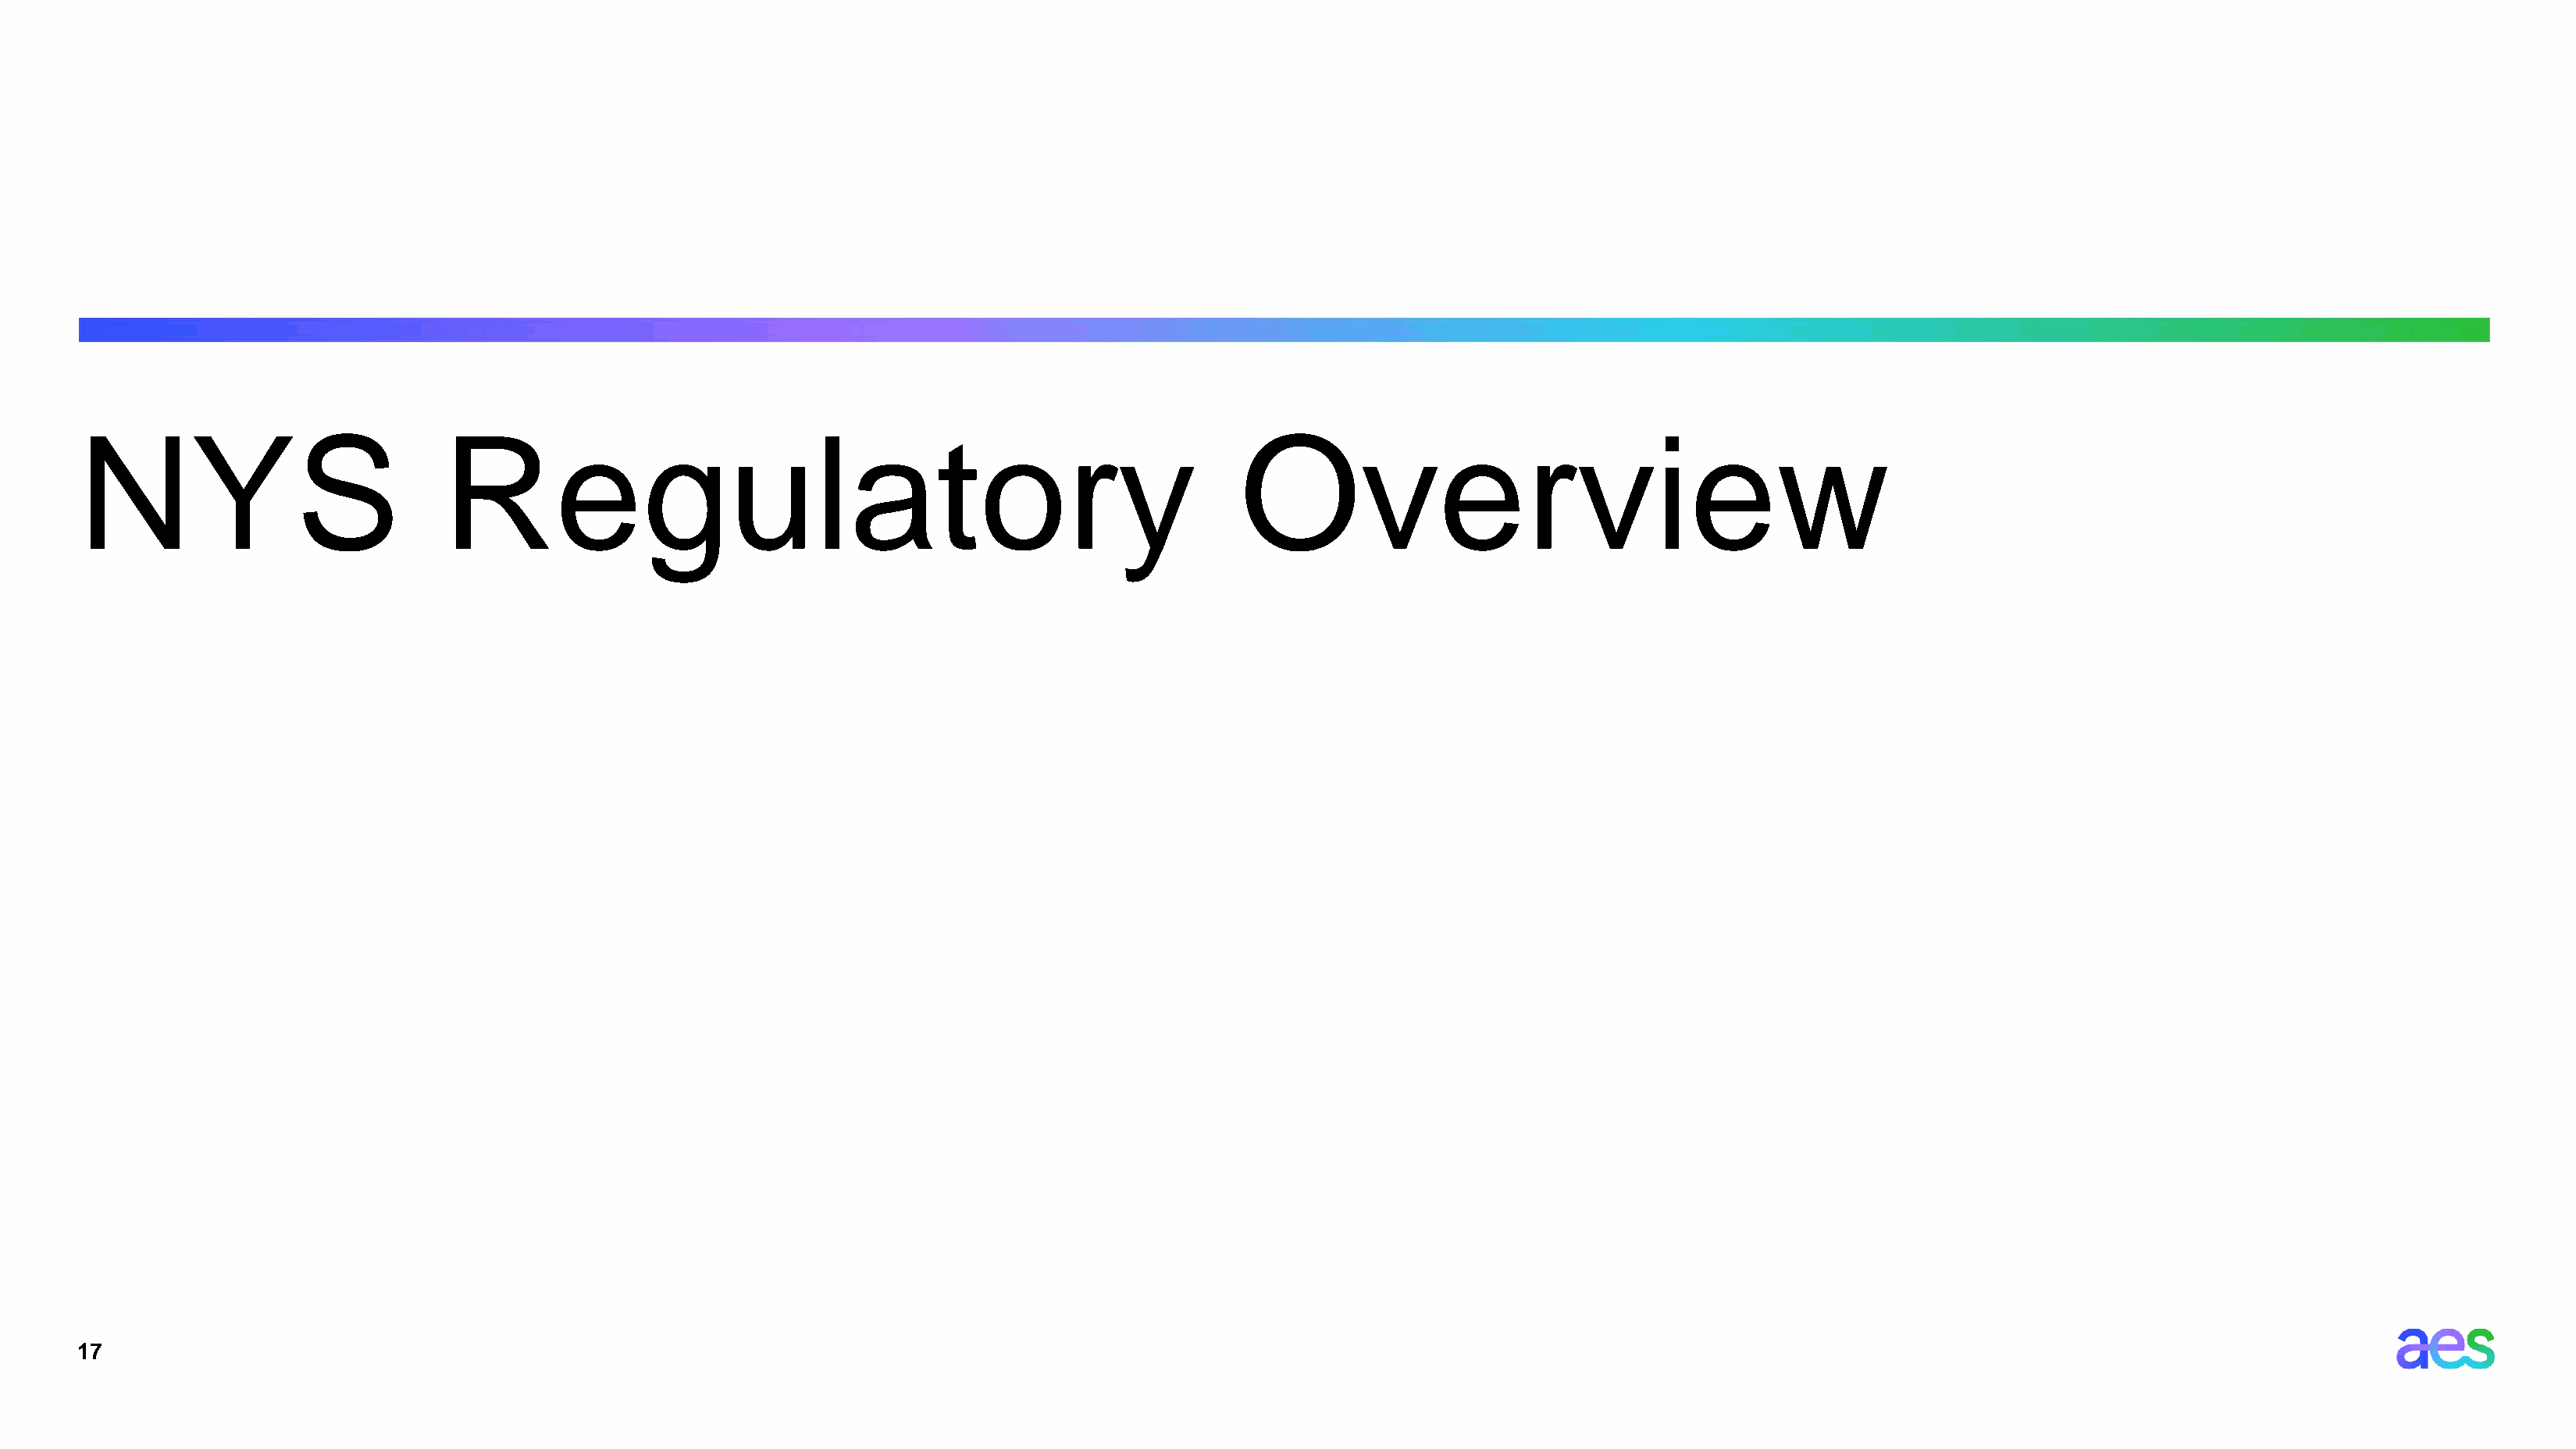
NYS                           Regulatory                                                          Overview
 17